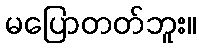
မပြောတတ်ဘူး။